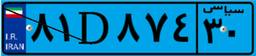
۹۹D۲۳۰۹۹